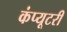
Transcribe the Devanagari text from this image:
कंप्यूटरी